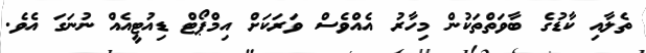
ތެލާއި ކާޑުގެ ބާވަތްތަކުން މިހާރު އެއްވެސް ވަރަކަށް އިމްޕޯޓް ޑިއުޓީއެއް ނުނަގަ އެވެ.